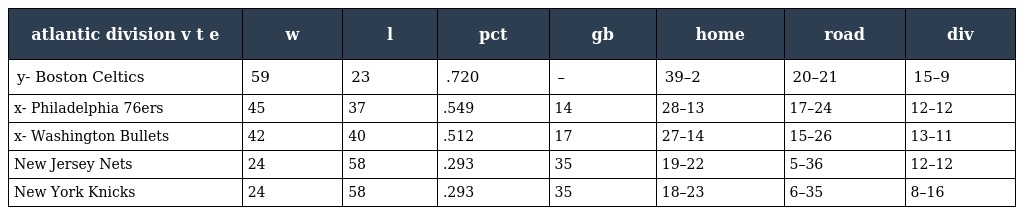
| atlantic division v t e | w | l | pct | gb | home | road | div |
 | --- | --- | --- | --- | --- | --- | --- | --- |
 | y- Boston Celtics | 59 | 23 | .720 | – | 39–2 | 20–21 | 15–9 |
 | x- Philadelphia 76ers | 45 | 37 | .549 | 14 | 28–13 | 17–24 | 12–12 |
 | x- Washington Bullets | 42 | 40 | .512 | 17 | 27–14 | 15–26 | 13–11 |
 | New Jersey Nets | 24 | 58 | .293 | 35 | 19–22 | 5–36 | 12–12 |
 | New York Knicks | 24 | 58 | .293 | 35 | 18–23 | 6–35 | 8–16 |